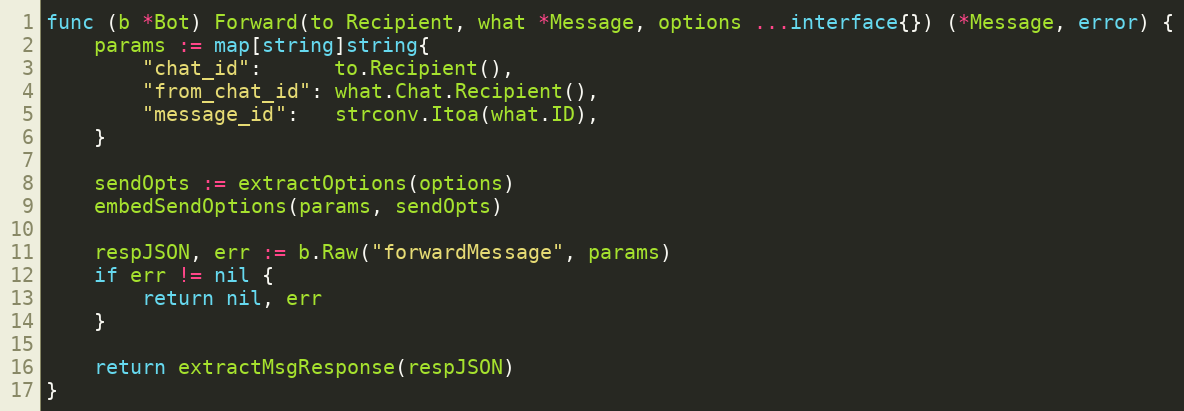
Language: Go
func (b *Bot) Forward(to Recipient, what *Message, options ...interface{}) (*Message, error) {
	params := map[string]string{
		"chat_id":      to.Recipient(),
		"from_chat_id": what.Chat.Recipient(),
		"message_id":   strconv.Itoa(what.ID),
	}

	sendOpts := extractOptions(options)
	embedSendOptions(params, sendOpts)

	respJSON, err := b.Raw("forwardMessage", params)
	if err != nil {
		return nil, err
	}

	return extractMsgResponse(respJSON)
}